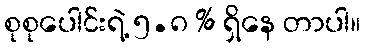
စုစုပေါင်းရဲ့ ၅.၈ % ရှိနေ တာပါ။